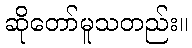
ဆိုတော်မူသတည်း။